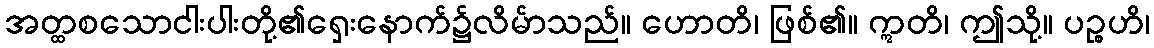
အတ္ထစသောငါးပါးတို့၏ရှေးနောက်၌လိမ်ာသည်။ ဟောတိ၊ ဖြစ်၏။ ဣတိ၊ ဤသို့။ ပဉ္စဟိ၊